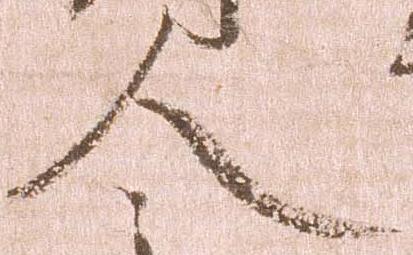
人